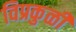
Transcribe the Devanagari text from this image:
विप्रकुळी